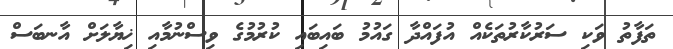
ތަފާތު ވަކި ސަރުކާރުތަކެއް އުފައްދާ ގައުމު ބައިބައި ކުރުމުގެ ވިސްނުމާއި ޚިޔާލަށް އާނބަސް